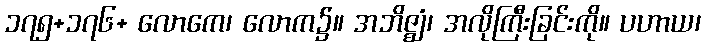
၁၇၅+၁၇၆+ လောကေ၊ လောက၌။ အဘိဇ္ဈံ၊ အလိုကြီးခြင်းကို။ ပဟာယ၊